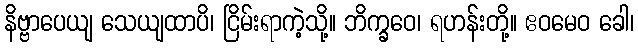
နိဗ္ဗာပေယျ သေယျထာပိ၊ ငြိမ်းရာကဲ့သို့။ ဘိက္ခဝေ၊ ရဟန်းတို့။ ဧဝမေဝ ခေါ၊